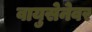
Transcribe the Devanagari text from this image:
वायुसेनेवर